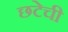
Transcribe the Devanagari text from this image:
छटेची